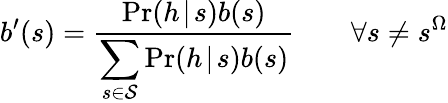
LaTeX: b^{\prime}(s)=\frac{\operatorname*{Pr}(h\! \mid\! s)b(s)}{\displaystyle\sum_{s\in\mathcal{S}}\operatorname*{Pr}(h\! \mid\! s)b(s)}\qquad\forall s\neq s^{\Omega}